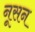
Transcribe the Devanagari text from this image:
नूसन